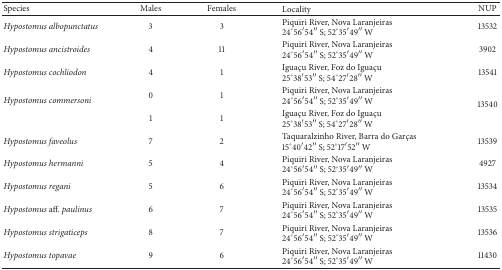
| Species | Males | Females | Locality | NUP |
 | --- | --- | --- | --- | --- |
 | Hypostomus albopunctatus | 3 | 3 | Piquiri River, Nova Laranjeiras24°56′54′′ S; 52°35′49′′ W | 13532 |
 | Hypostomus ancistroides | 4 | 11 | Piquiri River, Nova Laranjeiras24°56′54′′ S; 52°35′49′′ W | 3902 |
 | Hypostomus cochliodon | 4 | 1 | Iguaçu River, Foz do Iguaçu25°38′53′′ S; 54°27′28′′ W | 13541 |
 | <ROWSPAN=2> Hypostomus commersoni | 0 | 1 | Piquiri River, Nova Laranjeiras24°56′54′′ S; 52°35′49′′ W | <ROWSPAN=2> 13540 |
 | 1 | 1 | Iguaçu River, Foz do Iguaçu25°38′53′′ S; 54°27′28′′ W |
 | Hypostomus faveolus | 7 | 2 | Taquaralzinho River, Barra do Garças15°40′42′′ S; 52°17′52′′ W | 13539 |
 | Hypostomus hermanni | 5 | 4 | Piquiri River, Nova Laranjeiras24°56′54′′ S; 52°35′49′′ W | 4927 |
 | Hypostomus regani | 5 | 6 | Piquiri River, Nova Laranjeiras24°56′54′′ S; 52°35′49′′ W | 13534 |
 | Hypostomus aff. paulinus | 6 | 7 | Piquiri River, Nova Laranjeiras24°56′54′′ S; 52°35′49′′ W | 13535 |
 | Hypostomus strigaticeps | 8 | 7 | Piquiri River, Nova Laranjeiras24°56′54′′ S; 52°35′49′′ W | 13536 |
 | Hypostomus topavae | 9 | 6 | Piquiri River, Nova Laranjeiras24°56′54′′ S; 52°35′49′′ W | 11430 |